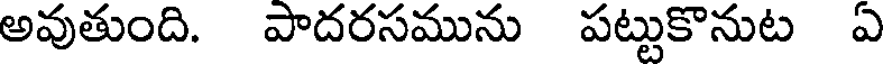
అవుతుంది. పాదరసమును పట్టుకొనుట ఏ